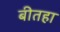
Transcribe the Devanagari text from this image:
बीतहा